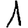
Digit: 1